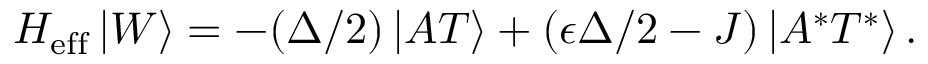
H _ { \mathrm { e f f } } \left| W \right\rangle = - ( \Delta / 2 ) \left| A T \right\rangle + ( \epsilon \Delta / 2 - J ) \left| A ^ { * } T ^ { * } \right\rangle .